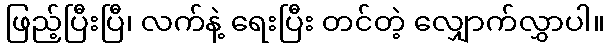
ဖြည့်ပြီးပြီ၊ လက်နဲ့ ရေးပြီး တင်တဲ့ လျှောက်လွှာပါ။